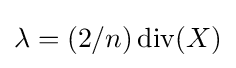
\lambda =(2/n)\operatorname {div} (X)